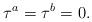
LaTeX: \begin{align*}\tau^a=\tau^b=0.\end{align*}